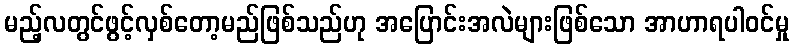
မည့်လတွင်ဖွင့်လှစ်တော့မည်ဖြစ်သည်ဟု အပြောင်းအလဲများဖြစ်သော အာဟာရပါဝင်မှု